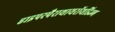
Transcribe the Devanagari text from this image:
हाइपरपैराथायरॉयडिज्म